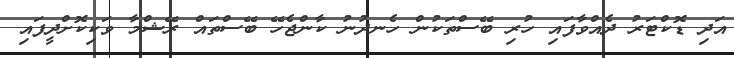
އަދި ޑޮކްޓަރު ދެއްވާފައި ހުރި ބޭސްތަކުން ހެނދުނު ކާންޖެހޭ ބޭސްތައް ރޭޝްމާ ވަކިކޮށްދީފައި